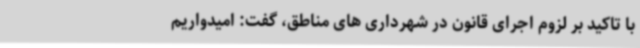
با تاکید بر لزوم اجرای قانون در شهرداری های مناطق، گفت: امیدواریم